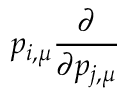
p _ { i , \mu } \frac { \partial } { \partial p _ { j , \mu } }